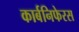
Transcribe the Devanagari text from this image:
कार्बनिफेरस